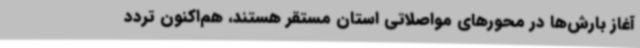
آغاز بارش‌ها در محورهای مواصلاتی استان مستقر هستند، هم‌اکنون تردد